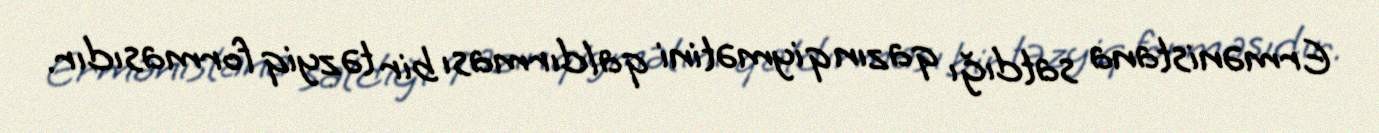
Ermənistana satdığı qazın qiymətini qaldırması bir təzyiq formasıdır.